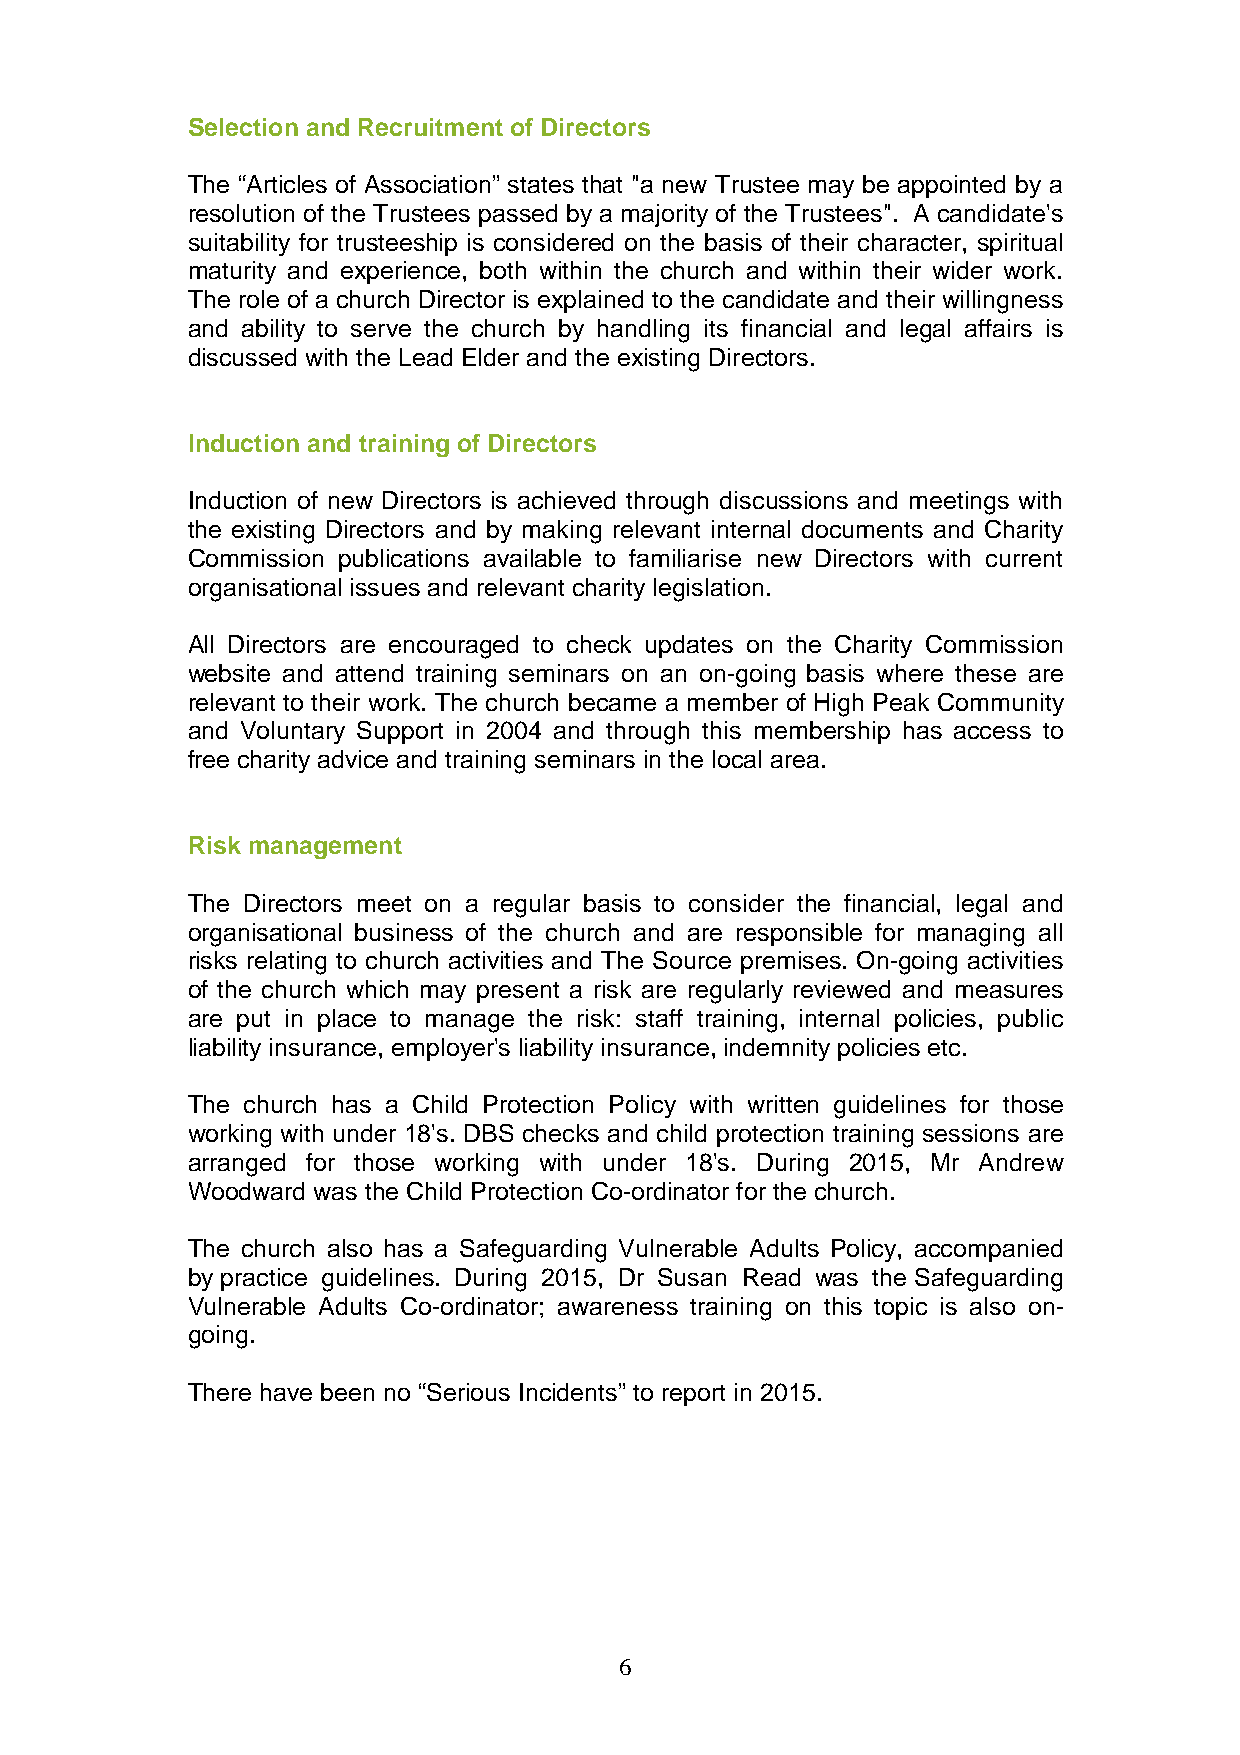
Selection and Recruitment of Directors
 The “Articles of Association” states that "a new Trustee may be appointed by a
 resolution of the Trustees passed by a majority of the Trustees". A candidate's
 suitability for trusteeship is considered on the basis of their character, spiritual
 maturity and experience, both within the church and within their wider work.
 The role of a church Director is explained to the candidate and their willingness
 and ability to serve the church by handling its financial and legal affairs is
 discussed with the Lead Elder and the existing Directors.
 Induction and training of Directors
 Induction of new Directors is achieved through discussions and meetings with
 the existing Directors and by making relevant internal documents and Charity
 Commission publications available to familiarise new Directors with current
 organisational issues and relevant charity legislation.
 All Directors are encouraged to check updates on the Charity Commission
 website and attend training seminars on an on-going basis where these are
 relevant to their work. The church became a member of High Peak Community
 and Voluntary Support in 2004 and through this membership has access to
 free charity advice and training seminars in the local area.
 Risk management
 The Directors meet on a regular basis to consider the financial, legal and
 organisational business of the church and are responsible for managing all
 risks relating to church activities and The Source premises. On-going activities
 of the church which may present a risk are regularly reviewed and measures
 are put in place to manage the risk: staff training, internal policies, public
 liability insurance, employer's liability insurance, indemnity policies etc.
 The church has a Child Protection Policy with written guidelines for those
 working with under 18's. DBS checks and child protection training sessions are
 arranged for those working with under 18's. During 2015, Mr Andrew
 Woodward was the Child Protection Co-ordinator for the church.
 The church also has a Safeguarding Vulnerable Adults Policy, accompanied
 by practice guidelines. During 2015, Dr Susan Read was the Safeguarding
 Vulnerable Adults Co-ordinator; awareness training on this topic is also on-
 going.
 There have been no “Serious Incidents” to report in 2015.
 6